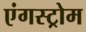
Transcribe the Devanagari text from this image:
एंगस्ट्रोम